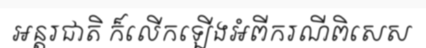
អន្តរជាតិ ក៏លើកឡើងអំពីករណីពិសេស